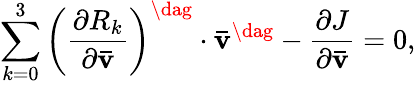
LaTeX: \sum_{k=0}^{3}{{{\left({\frac{{\partial{R_{k}}}}{{\partial{\mathbf{\bar{v}}}}}}\right)}^{\dag}}\cdot{{{\mathbf{\bar{v}}}}^{\dag}}}-\frac{{\partial J}}{{\partial{\mathbf{\bar{v}}}}}=0,